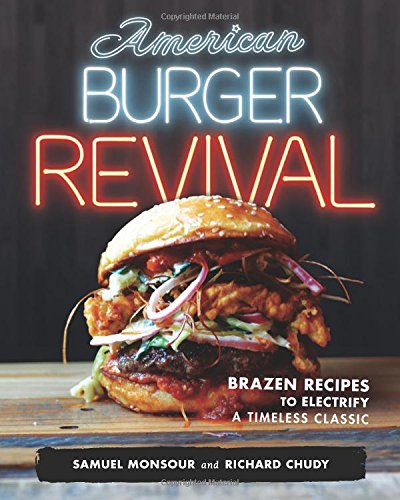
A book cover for American Burger Revival: Brazen Recipes to Electrify a Timeless Classic; Samuel Monsour; Cookbooks, Food & Wine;